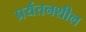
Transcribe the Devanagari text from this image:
प्रर्यतनशील